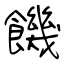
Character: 饑